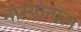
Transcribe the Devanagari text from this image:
नास्योनाल